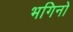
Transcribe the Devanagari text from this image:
भगिनो